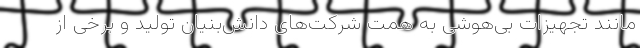
مانند تجهیزات بی‌هوشی به همت شرکت‌های دانش‌بنیان تولید و برخی از